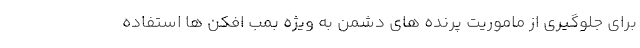
برای جلوگیری از ماموریت پرنده های دشمن به ویژه بمب افکن ها استفاده